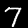
Digit: 7